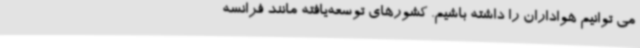
می توانیم هواداران را داشته باشیم. کشورهای توسعه‌یافته مانند فرانسه